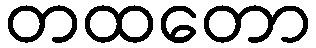
တထတော